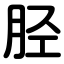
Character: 胫